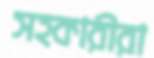
সহকারীরা